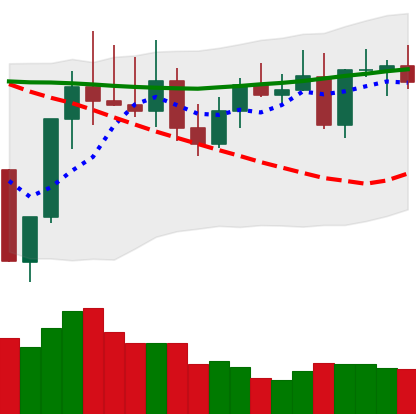
Ticker: TRX-USD
Chart end date: 2022-08-13
Forward return: -3.52%
Label: down_3_5